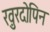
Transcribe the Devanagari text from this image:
ख़ुरदोपिन